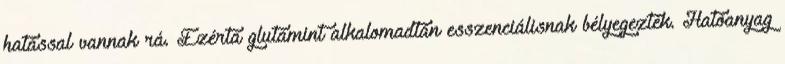
hatással vannak rá. Ezérta glutamint alkalomadtán esszenciálisnak bélyegezték. Hatóanyag